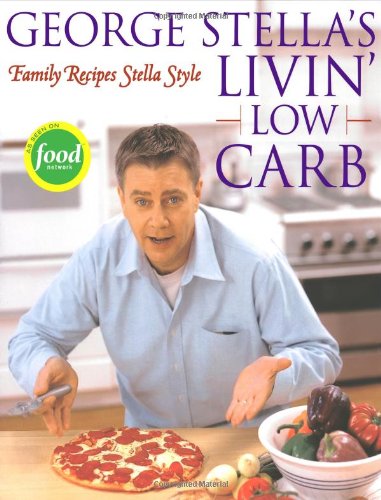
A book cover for George Stella's Livin' Low Carb: Family Recipes Stella Style; George Stella; Cookbooks, Food & Wine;